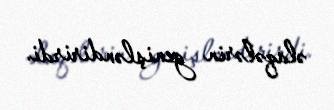
əlaqələrin genişləndirirdi.